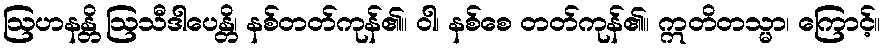
ဩဟနန္တိ ဩသီဒါပေန္တိ၊ နစ်တတ်ကုန်၏။ ဝါ၊ နစ်စေ တတ်ကုန်၏။ ဣတိတသ္မာ၊ ကြောင့်။